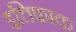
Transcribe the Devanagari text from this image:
इत्तिफाक